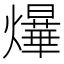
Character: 爗